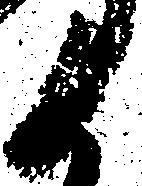
候